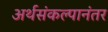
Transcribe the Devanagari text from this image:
अर्थसंकल्पानंतर